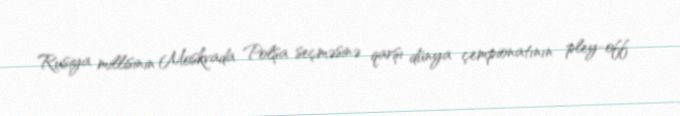
Rusiya millisinin Moskvada Polşa seçməsinə qarşı dünya çempionatının pley-off